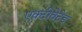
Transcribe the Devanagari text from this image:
एक्टीवेटेड